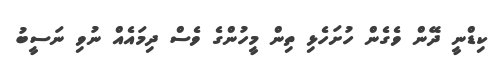
ކިޑްނީ ދޭން ވެގެން ހުށަހެޅި ތިން މީހުންގެ ވެސް ދިމައެއް ނުވި ނަސީބު